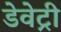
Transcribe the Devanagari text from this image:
डेवेट्री